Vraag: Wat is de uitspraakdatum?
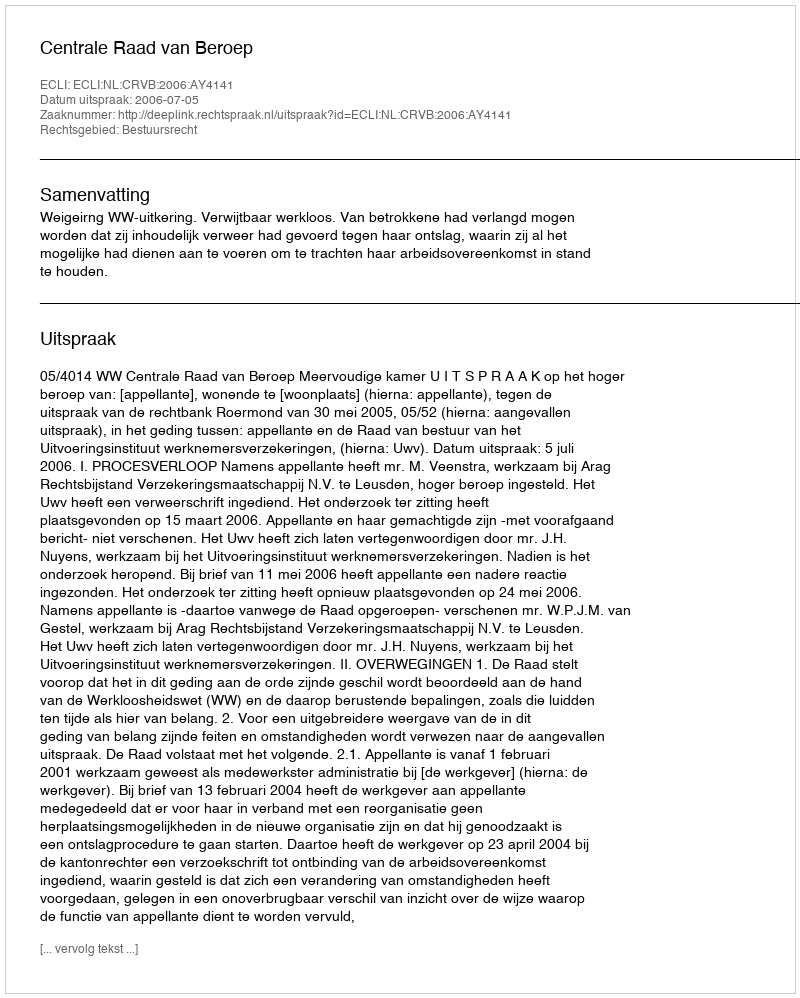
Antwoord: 2006-07-05